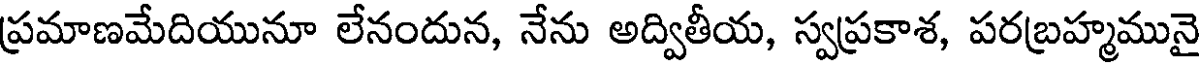
ప్రమాణమేదియునూ లేనందున, నేను అద్వితీయ, స్వప్రకాశ, పరబ్రహ్మమునై